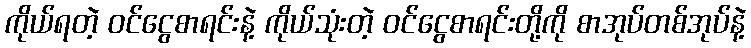
ကိုယ်ရတဲ့ ဝင်ငွေစာရင်းနဲ့ ကိုယ်သုံးတဲ့ ဝင်ငွေစာရင်းတို့ကို စာအုပ်တစ်အုပ်နဲ့